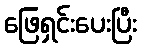
ဖြေရှင်းပေးပြီး